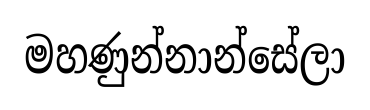
මහණුන්නාන්සේලා